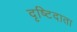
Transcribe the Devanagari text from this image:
दृष्टिदाता